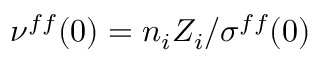
\nu ^ { f f } ( 0 ) = n _ { i } Z _ { i } / \sigma ^ { f f } ( 0 )